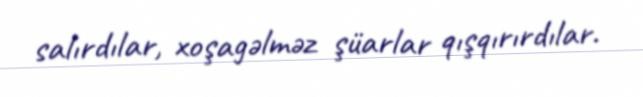
salırdılar, xoşagəlməz şüarlar qışqırırdılar.